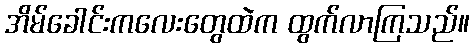
အိမ်ခေါင်းကလေးတွေထဲက ထွက်လာကြသည်။